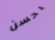
بحسن